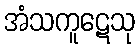
အံသကူဋေသု